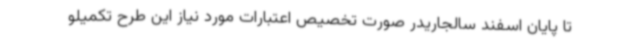
تا پایان اسفند سالجاریدر صورت تخصیص اعتبارات مورد نیاز این طرح تکمیلو